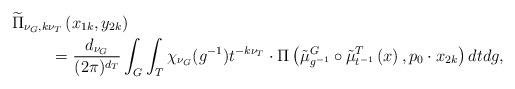
LaTeX: \begin{align*}\begin{multlined}[t][12.5cm]\widetilde{\Pi}_{\nu_{G},k\nu_{T}}\left(x_{1k},y_{2k}\right)\\=\frac{d_{\nu_{G}}}{(2\pi)^{d_{T}}}\int_{G}\int_{T}\chi_{\nu_{G}}(g^{-1})t^{-k\nu_{T}} \cdot\Pi\left(\tilde{\mu}^{G}_{g^{-1}}\circ\tilde{\mu}^{T}_{t^{-1}}\left(x\right),p_{0}\cdot x_{2k}\right)dtdg,\end{multlined}\end{align*}